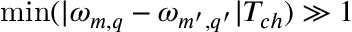
{ \operatorname* { m i n } ( | \omega _ { m , q } - \omega _ { m ^ { \prime } , q ^ { \prime } } | T _ { c h } ) \gg 1 }